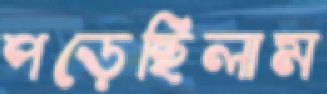
পড়েছিলাম